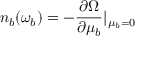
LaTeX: n _ { b } ( \omega _ { b } ) = - \frac { \partial \Omega } { \partial \mu _ { b } } | _ { \mu _ { b } = 0 }